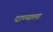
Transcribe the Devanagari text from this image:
दाण्याला